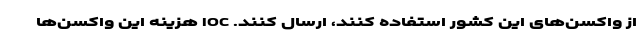
از واکسن‌های این کشور استفاده کنند، ارسال کنند. IOC هزینه این واکسن‌ها